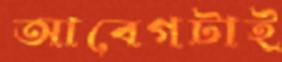
আবেগটাই